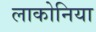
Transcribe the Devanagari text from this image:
लाकोनिया